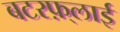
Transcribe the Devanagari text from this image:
बटरफ़्लाई